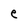
Character: e